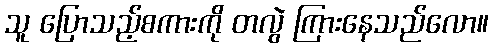
သူ ပြောသည့်စကားကို တလွဲ ကြားနေသည်လော။